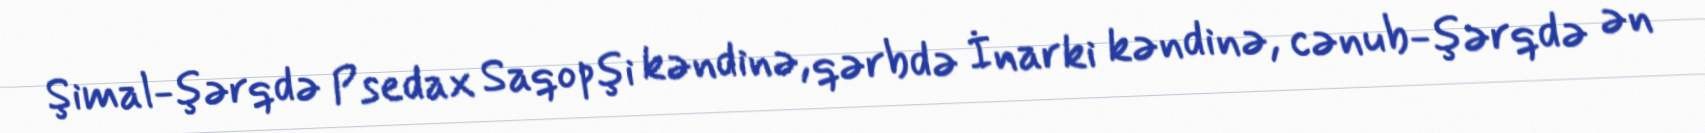
Şimal-şərqdə Psedax Saqopşi kəndinə, qərbdə İnarki kəndinə, cənub-şərqdə ən